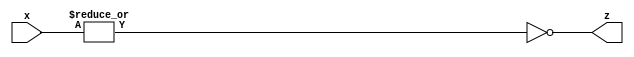
module nor_gate_32to1(x, z);
	
	// Define inputs
	input [31:0] x;

	// Define outputs
	output wire z;

	// Define output
	assign z = ~(|x);

endmodule